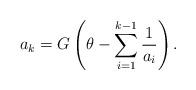
LaTeX: \begin{align*}a_k = G\left( \theta - \sum_{i=1}^{k-1} \frac{1}{a_i} \right).\end{align*}